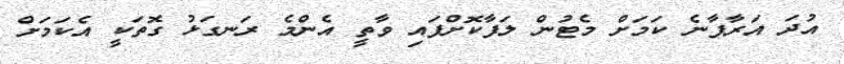
އުދަ އަރާފާނެ ކަމަށް މެޓުން ލަފާކޮށްފައި ވާތީ އެންމެ ރަނގަޅު ގޮތަކީ އެކަމަށް